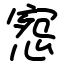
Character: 惌